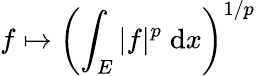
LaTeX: f\mapsto\left(\int_{E}|f|^{p}\; \mathrm{d}x\right)^{1/p}